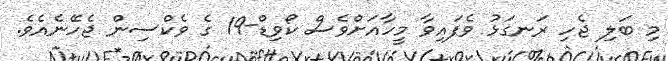
މި ބަލި ޖެހި ރަނގަޅު ވެފައިވާ މީހާއަށްވެސް ކޯވިޑް-19 ގެ ވެކްސިން ޖެހޭނެއެވެ.